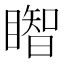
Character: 𥋒